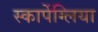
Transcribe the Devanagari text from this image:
स्कार्पेग्लिया